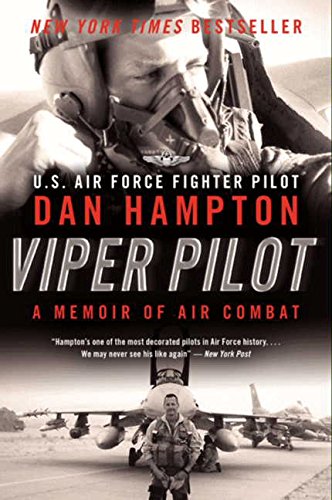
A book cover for Viper Pilot: A Memoir of Air Combat; Dan Hampton; History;